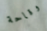
وقاحة